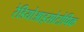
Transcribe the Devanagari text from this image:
रेडियोआइसोटोपिक